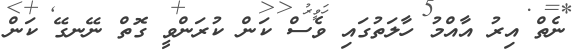
ނެތް އިރު އާއްމު ހާލަތުގައި ވެސް ކަން ކުރަންވީ ގޮތް ނޭނގޭ ކަން